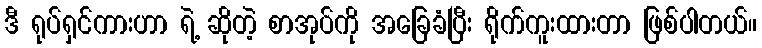
ဒီ ရုပ်ရှင်ကားဟာ ရဲ့ ဆိုတဲ့ စာအုပ်ကို အခြေခံပြီး ရိုက်ကူးထားတာ ဖြစ်ပါတယ်။